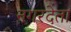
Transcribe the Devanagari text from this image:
नगरदेता